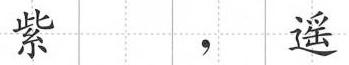
紫，遥